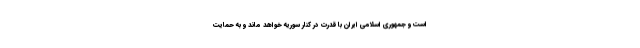
است و جمهوری اسلامی ایران با قدرت در کنار سوریه خواهد ماند و به حمایت